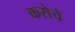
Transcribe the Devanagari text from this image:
कसेचे